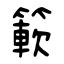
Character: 簐